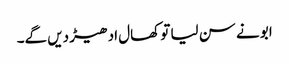
ابو نے سن لیا تو کھال ادھیڑ دیں گے۔